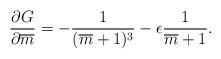
LaTeX: \begin{align*}\frac{\partial G}{\partial \overline{m}}=-\frac{1}{(\overline{m}+1)^3}-\epsilon\frac{1}{\overline{m}+1}.\end{align*}